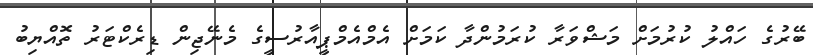
ބޭރުގެ ހައްލު ކުރުމަށް މަޝްވަރާ ކުރަމުންދާ ކަމަށް އެމްއެމްޕީއާރުސީގެ މެނޭޖިން ޑިރެކްޓަރު ތޮއްޔިބު